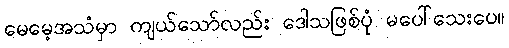
မေမေ့အသံမှာ ကျယ်သော်လည်း ဒေါသဖြစ်ပုံ မပေါ်သေးပေ။